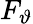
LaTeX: F_{\vartheta}